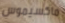
ماكسيموس